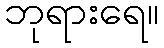
ဘုရားရေ။